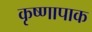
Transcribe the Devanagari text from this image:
कृष्णापाक